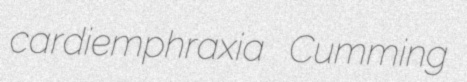
cardiemphraxia Cumming